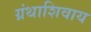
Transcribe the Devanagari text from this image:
ग्रंथाशिवाय